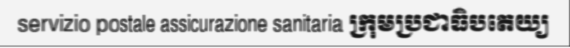
servizio postale assicurazione sanitaria ក្រុមប្រជាធិបតេយ្យ